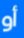
أو